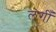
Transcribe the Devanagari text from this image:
लगीँ